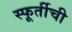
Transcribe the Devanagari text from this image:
स्फूर्तीची